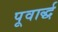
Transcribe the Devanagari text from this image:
पूवार्द्ध